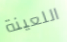
اللعينة